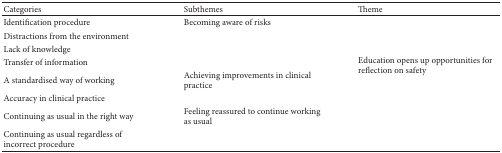
<table><thead><tr><td><b>Categories</b></td><td><b>Subthemes</b></td><td><b>Theme</b></td></tr></thead><tbody><tr><td>Identification procedure</td><td>Becoming aware of risks</td><td rowspan="8">Education opens up opportunities for reflection on safety </td></tr><tr><td>Distractions from the environment</td><td> </td></tr><tr><td>Lack of knowledge</td><td> </td></tr><tr><td>Transfer of information</td><td> </td></tr><tr><td>A standardised way of working</td><td>Achieving improvements in clinical practice</td></tr><tr><td>Accuracy in clinical practice</td><td> </td></tr><tr><td>Continuing as usual in the right way</td><td>Feeling reassured to continue working as usual </td></tr><tr><td>Continuing as usual regardless of incorrect procedure</td><td> </td></tr></tbody></table>